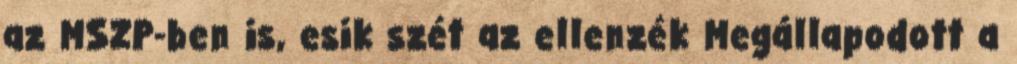
az MSZP-ben is, esik szét az ellenzék Megállapodott a